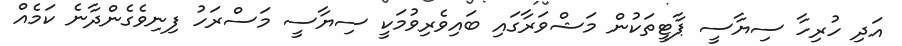
އަދި ހުރިހާ ސިޔާސީ ޕާޓީތަކުން މަޝްވަރާގައި ބައިވެރިވުމަކީ ސިޔާސީ މަސްރަހު ފިނިވެގެންދާނެ ކަމެއް